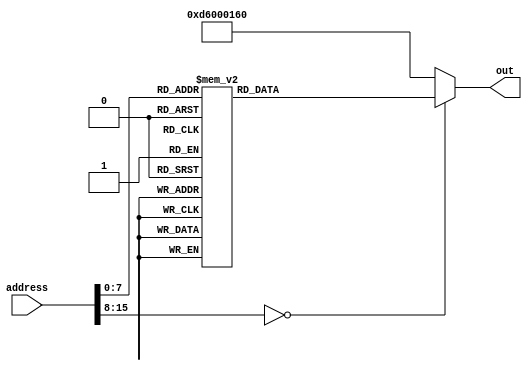
// auto generated from http://users.rowan.edu/~haskellt8/assembler/
module rom_case(out, address);
	output reg [31:0] out;
	input  [15:0] address; // address- 16 deep memory  
	always @(address) begin
		case (address)
			// Overclock (Nice!) Test
			// use X8 as the base address of RAM (default is 0x00000000)
			// For example if RAM is at 0x80000000 then change the following two instructions to:
			// MOVZ X8, 8 (put 8 in X8)
			// LSL X8, X8, 28 (shift it 28 times to get 0x80000000)
			16'h0000:  out = 32'b11010010100_0000000000000000_01000; // MOVZ X8, 0
			16'h0004:  out = 32'b1101001101100000_000000_0100001000; // LSL X8, X8, 0
			// use X11 as the base address of ROM (default is 0x00008000)
			16'h0008:  out = 32'b11010010100_0000000000001000_01011; // MOVZ X11, 8
			16'h000C:  out = 32'b1101001101100000_001100_0101101011; // LSL X11, X11, 12
			// X7 will hold the delay amount
			16'h0010:  out = 32'b11010010100000000000000000100111; // MOVZ X7, 1
			// change the shift amount to change the delay
			// if using a testbench to debug then change the shift amount to 1
			16'h0014:  out = 32'b1101001101100000_011000_0011100111; // LSL X7, X7, 24
			16'h0018:  out = 32'b11111000000000110000000100000111; // STUR X7, [X8, 48]
			16'h001C:  out = 32'b11010001000001100101011111100000; // SUBI X0, XZR, 405
			16'h0020:  out = 32'b11010001000100000000001111100101; // SUBI X5, XZR, 1024
			16'h0024:  out = 32'b10110010000001000110011111100010; // ORRI X2, XZR, 281
			16'h0028:  out = 32'b10001011000001010000000001000010; // ADD X2, X2, X5
			16'h002c:  out = 32'b10001011000001010000000000000000; // ADD X0, X0, X5
			16'h0030:  out = 32'b10001011000001010000000010100101; // ADD X5, X5, X5
			16'h0034:  out = 32'b10001011000000100000000010100010; // ADD X2, X5, X2
			16'h0038:  out = 32'b11010011011000000000010010100101; // LSL X5, X5, 1
			16'h003C:  out = 32'b10001011000001010000000000000000; // ADD X0, X0, X5
			16'h0040:  out = 32'b11010011011000000000010010100101; // LSL X5, X5, 1
			16'h0044:  out = 32'b10001011000001010000000001000010; // ADD X2, X2, X5
			16'h0048:  out = 32'b11001011000001010000001111100101; // SUB X5, XZR, X5
			16'h004C:  out = 32'b10001011000000100000000000000000; // ADD X0, X0, X2
			16'h0050:  out = 32'b10001011000000100000000000000000; // ADD X0, X0, X2
			16'h0054:  out = 32'b11111000000000011000000100000000; // STUR X0, [X8, 24]
			16'h0058:  out = 32'b11111000000000100000000100000010; // STUR X2, [X8, 32]
			16'h005C:  out = 32'b11111000000000101000000100000101; // STUR X5, [X8, 40]
			16'h0060:  out = 32'b10010001000000000000001111100000; // ADDI X0, XZR, 0
			16'h0064:  out = 32'b10010010000000000000001111100001; // ANDI X1, XZR, 0
			16'h0068:  out = 32'b11010010000000000000001111100010; // EORI X2, XZR, 0
			16'h006C:  out = 32'b10110010000000000000001111100011; // ORRI X3, XZR, 0
			16'h0070:  out = 32'b10101010000111110000001111100100; // ORR X4, X31, X31
			16'h0074:  out = 32'b10001010000111110000001111100101; // AND X5, X31, X31
			16'h0078:  out = 32'b10001010000111110000001111100110; // AND X6, X31, X31
			16'h007C:  out = 32'b11111000010000110000000100000111; // LDUR X7, [X8, 48]
			16'h0080:  out = 32'b11010001000000000000010011100111; // SUBI X7, X7, 1
			16'h0084:  out = 32'b10110101111111111111111111000111; // CBNZ X7, -2
			16'h0088:  out = 32'b11010010100111111111111111100000; // MOVZ X0, 65535
			16'h008C:  out = 32'b11010001000000000000011111100001; // SUBI X1, XZR, 1
			16'h0090:  out = 32'b11010010100111111111111111100010; // MOVZ X2, 65535
			16'h0094:  out = 32'b11010001000000000000011111100011; // SUBI X3, XZR, 1
			16'h0098:  out = 32'b11010010100111111111111111100100; // MOVZ X4, 65535
			16'h009C:  out = 32'b11010001000000000000011111100101; // SUBI X5, XZR, 1
			16'h00A0:  out = 32'b11010001000000000000011111100110; // SUBI X6, XZR, 1
			16'h00A4:  out = 32'b11111000010000110000000100000111; // LDUR X7, [X8, 48]
			16'h00A8:  out = 32'b11010001000000000000010011100111; // SUBI X7, X7, 1
			16'h00AC:  out = 32'b10110101111111111111111111000111; // CBNZ X7, -2
			16'h00B0:  out = 32'b11111000010000011000000100000100; // LDUR X4, [X8, 24]
			16'h00B4:  out = 32'b11111000010000100000000100000010; // LDUR X2, [X8, 32]
			16'h00B8:  out = 32'b11111000010000101000000100000101; // LDUR X5, [X8, 40]
			16'h00BC:  out = 32'b10010001000000000000000001000011; // ADDI X3, X2, 0
			16'h00C0:  out = 32'b10110010000000010000000001100011; // ORRI X3, X3, 64
			16'h00C4:  out = 32'b11010010100000000000000100000111; // MOVZ X7, 8
			16'h00C8:  out = 32'b11001011000001110000000001100011; // SUB X3, X3, X7
			16'h00CC:  out = 32'b11010010100000000000000000100111; // MOVZ X7, 1
			16'h00D0:  out = 32'b11001010000001110000000001100001; // EOR X1, X3, X7
			16'h00D4:  out = 32'b11001011000001010000000000100001; // SUB X1, X1, X5
			16'h00D8:  out = 32'b10110010000000000000000010000000; // ORRI X0, X4, 0
			16'h00DC:  out = 32'b11010010100000000000000000000101; // MOVZ X5, 0
			16'h00E0:  out = 32'b11010010100000000000000000000110; // MOVZ X6, 0
			16'h00E4:  out = 32'b11111000010000110000000100000111; // LDUR X7, [X8, 48]
			16'h00E8:  out = 32'b11010001000000000000010011100111; // SUBI X7, X7, 1
			16'h00EC:  out = 32'b10110101111111111111111111000111; // CBNZ X7, -2
			16'h00D0:  out = 32'b11010110000000000000000101100000; // BR X11
			default: out=32'b11010110000000000000000101100000; //BR X11
		endcase
	end
endmodule